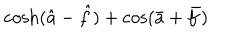
\cosh ( \hat { a } - \hat { f } ) + \cos ( \bar { a } + \bar { f } )